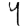
Digit: 4